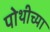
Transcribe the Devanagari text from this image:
पोथीच्या